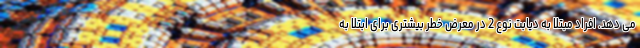
می دهد. افراد مبتلا به دیابت نوع 2 در معرض خطر بیشتری برای ابتلا به